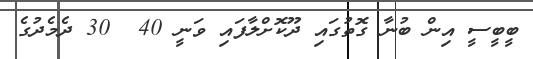
ބީބީސީ އިން ބުނާ ގޮތުގައި ދޫކޮށްލާފައި ވަނީ 40  30 ދެމެދުގެ